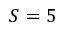
S = 5